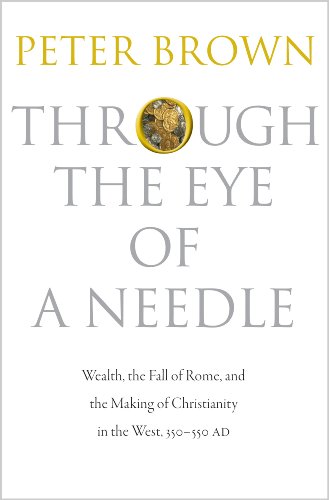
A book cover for Through the Eye of a Needle: Wealth, the Fall of Rome, and the Making of Christianity in the West, 350-550 AD; Peter Brown; History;